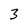
Character: 3